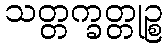
သတ္တက္ခတ္တုဉ္စ